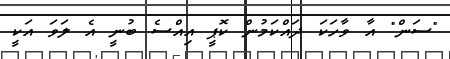
"ސަން" އާ ވާހަކަ ދައްކަމުން ކޮޕީ އިއްސެ ބުނީ އެ ލަވަ އަކީ